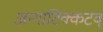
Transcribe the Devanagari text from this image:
अन्गाटिक्कटव्